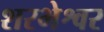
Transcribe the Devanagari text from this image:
शरभेश्वर